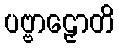
ပဗ္ဗာဠှောတိ